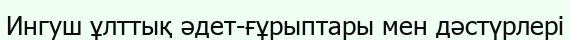
Ингуш ұлттық әдет-ғұрыптары мен дәстүрлері